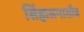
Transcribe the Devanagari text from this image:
सिंहासनासीब